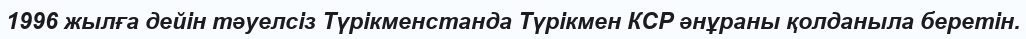
1996 жылға дейін тәуелсіз Түрікменстанда Түрікмен КСР әнұраны қолданыла беретін.